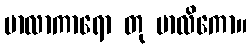
မာလာကာရော တု မာလိကော။